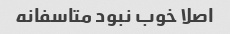
اصلا خوب نبود متاسفانه